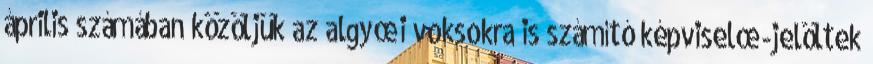
április számában közöljük az algyœi voksokra is számító képviselœ-jelöltek